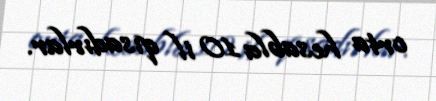
orta hesabla 10 il qısadırlar.